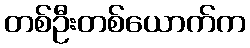
တစ်ဦးတစ်ယောက်က